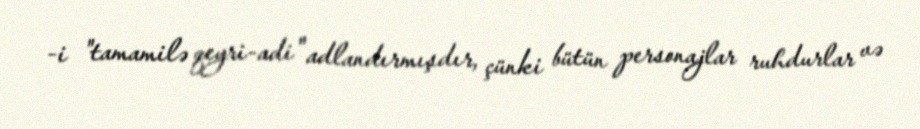
-i "tamamilə qeyri-adi" adlandırmışdır, çünki bütün personajlar ruhdurlar və